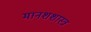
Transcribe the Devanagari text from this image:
मानशशास्त्र